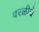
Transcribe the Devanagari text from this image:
वरळीचे